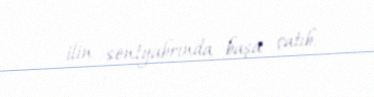
ilin sentyabrında başa çatıb.